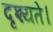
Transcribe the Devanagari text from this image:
दृश्यते।